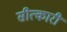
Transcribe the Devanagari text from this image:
सीत्कारी